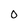
Character: 0